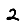
Digit: 2